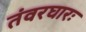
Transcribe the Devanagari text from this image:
तंवरघारः